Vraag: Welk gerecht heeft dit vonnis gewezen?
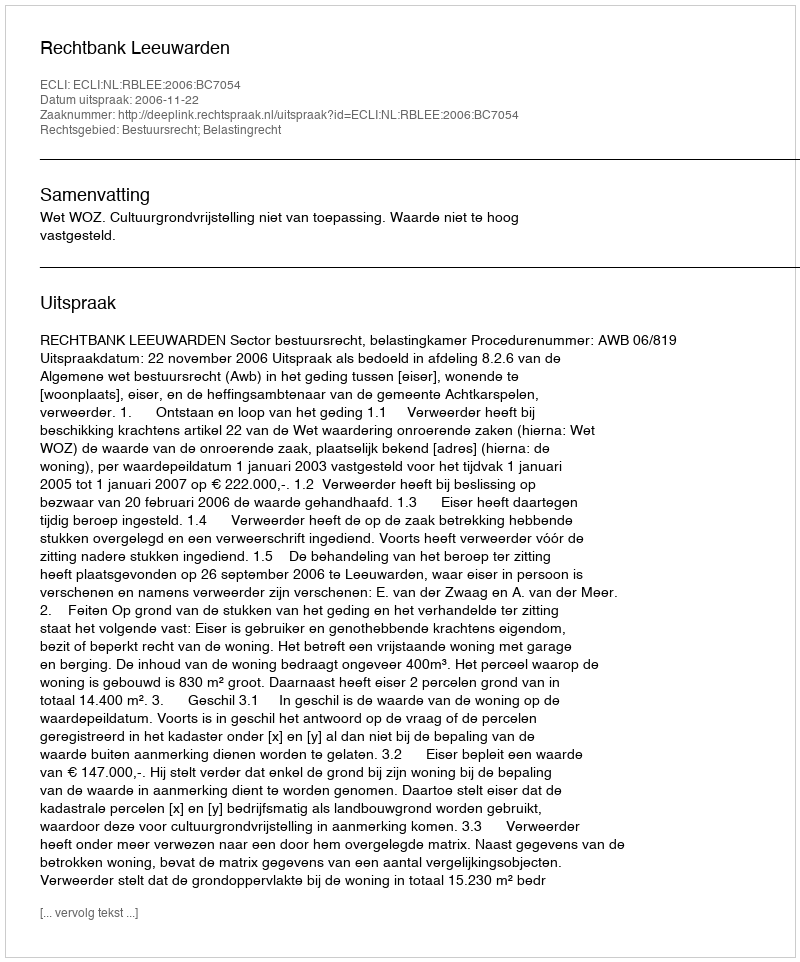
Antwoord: Rechtbank Leeuwarden